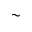
\sim